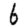
Digit: 6